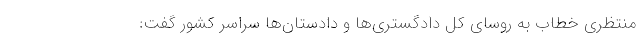
منتظری خطاب به روسای کل دادگستری‌ها و دادستان‌ها سراسر کشور گفت: